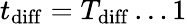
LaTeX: t_{\mathrm{diff}}=T_{\mathrm{diff}}\dots 1